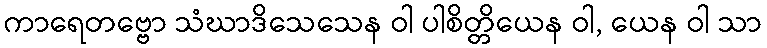
ကာရေတဗ္ဗော သံဃာဒိသေသေန ဝါ ပါစိတ္တိယေန ဝါ, ယေန ဝါ သာ